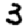
Digit: 3